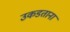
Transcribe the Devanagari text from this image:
उकडताना